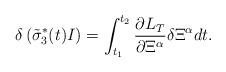
LaTeX: \begin{align*}\delta\left({\tilde{\sigma}_{3}^{*}}(t)I\right)=\int^{t_{2}}_{t_{1}}\frac{\partial L_{T}}{\partial \Xi^{\alpha}}\delta\Xi^{\alpha}dt.\end{align*}